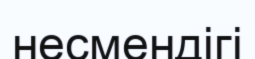
несмендігі